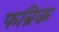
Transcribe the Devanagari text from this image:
फब्रिक